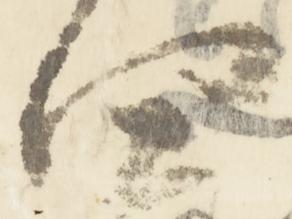
四